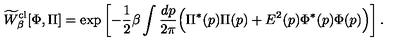
\widetilde W _ { \beta } ^ { \mathrm { c l } } [ \Phi , \Pi ] = \mathrm { e x p } \left[ - { \frac { 1 } { 2 } } \beta \int { \frac { d p } { 2 \pi } } \Bigl ( \Pi ^ { * } ( p ) \Pi ( p ) + E ^ { 2 } ( p ) \Phi ^ { * } ( p ) \Phi ( p ) \Bigr ) \right] .